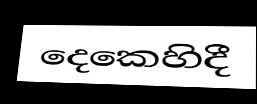
දෙකෙහිදී